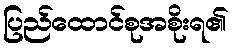
ပြည်ထောင်စုအစိုးရ၏